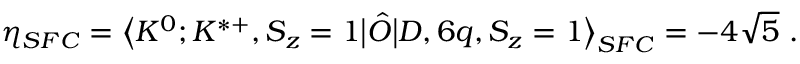
\eta _ { S F C } = \big \langle K ^ { 0 } ; K ^ { * + } , S _ { z } = 1 \big | \hat { O } \big | D , 6 q , S _ { z } = 1 \big \rangle _ { S F C } = - 4 \sqrt { 5 } \ .